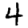
Digit: 4